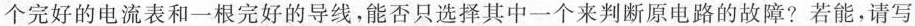
个完好的电流表和一根完好的导线，能否只选择其中一个来判断原电路的故障?若能，请写